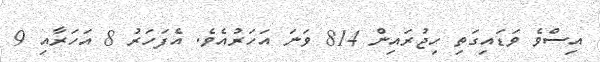
އިސްވެ ވަޑައިގަތި ހިޖުރައިން 814 ވަނަ އަހަރުއެވެ. އެފަހަރު 8 އަހަރާއި 9